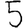
Digit: 5